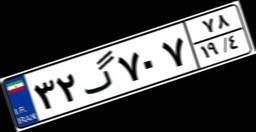
۵۰گ۵۴۴۵۱